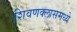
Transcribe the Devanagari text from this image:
शिवणक्लासमध्ये